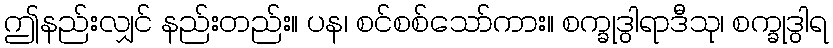
ဤနည်းလျှင် နည်းတည်း။ ပန၊ စင်စစ်သော်ကား။ စက္ခုဒွါရာဒီသု၊ စက္ခုဒွါရ